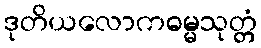
ဒုတိယလောကဓမ္မသုတ္တံ